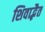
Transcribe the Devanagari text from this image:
शिवाद्भैत